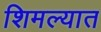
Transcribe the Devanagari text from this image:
शिमल्यात